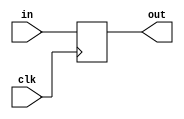
module top(input clk,input in, output out);

        always @(posedge clk)
                out<=in;
endmodule